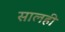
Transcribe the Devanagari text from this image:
सालही